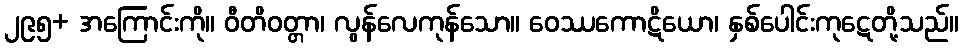
၂၉၅+ အကြောင်းကို။ ဝီတိဝတ္တာ၊ လွန်လေကုန်သော။ ဝေဿကောဋိယော၊ နှစ်ပေါင်းကုဋေတို့သည်။